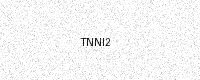
Text: TNNI2